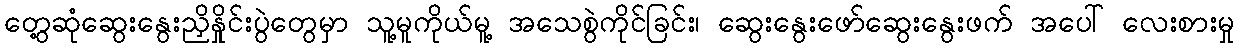
တွေ့ဆုံဆွေးနွေးညှိနှိုင်းပွဲတွေမှာ သူ့မူကိုယ်မူ့ အသေစွဲကိုင်ခြင်း၊ ဆွေးနွေးဖော်ဆွေးနွေးဖက် အပေါ် လေးစားမှု